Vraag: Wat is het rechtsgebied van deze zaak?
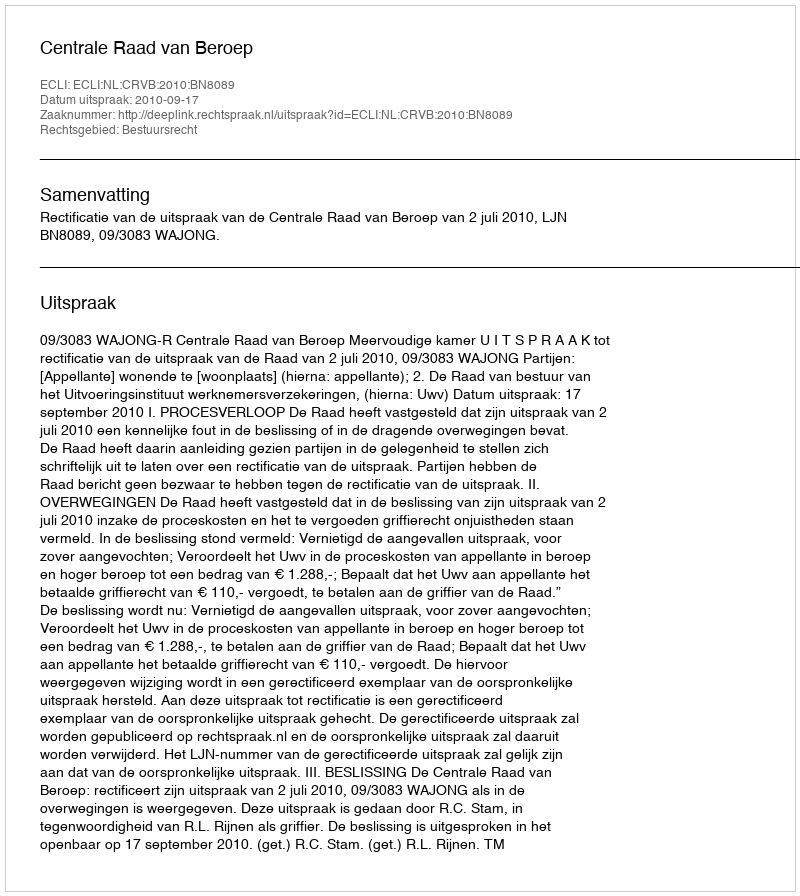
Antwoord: Bestuursrecht